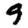
Digit: 9